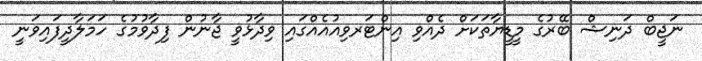
ނަޖީބް ދަނިޝް ބޭރުގެ މީޑީޔާތަކަށް ދެއްވި އިންޓަރވިއުއެއްގައި ވިދާޅުވީ ޖާނުން ފިދާވުމުގެ ހަމަލާދީފައިވަނީ